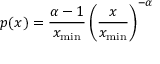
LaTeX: p ( x ) = { \frac { \alpha - 1 } { x _ { \operatorname* { m i n } } } } \left( { \frac { x } { x _ { \operatorname* { m i n } } } } \right) ^ { - \alpha }